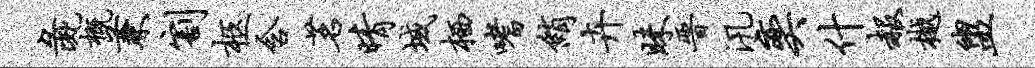
彘概兼割柩含茗晴域栖嗜绡卉昧晋汛奕什赧樾盥